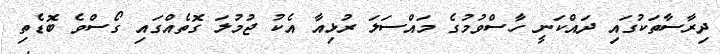
ދިރާސާތަކުގައި ދައްކަނީ ހާސްވުމުގެ މައްސަލަ ރުޅިއާ އެކު ޖުމުލަ ގޮތެއްގައި ގޯސްވެ ބޮޑެތި